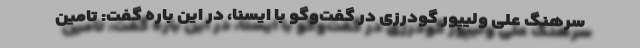
سرهنگ علی ولیپور گودرزی در گفت‌وگو با ایسنا، در این باره گفت: تامین